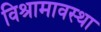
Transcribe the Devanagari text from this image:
विश्रामावस्था